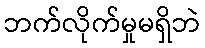
ဘက်လိုက်မှုမရှိဘဲ